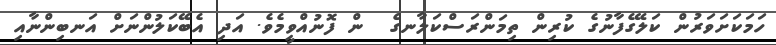
ހަމަކަށަވަރުން ކަލޭގެފާނުގެ ކުރިން ތިމަންރަސްކަލާނގެ  ން ފޮނުއްވީމެވެ. އަދި އެބޭކަލުންނަށް އަނބިންނާއި